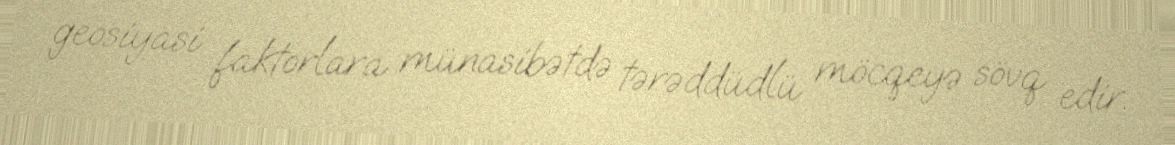
geosiyasi faktorlara münasibətdə tərəddüdlü möcqeyə sövq edir.